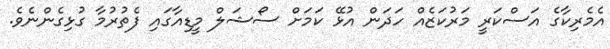
އެމެރިކާގެ އަސްކަރީ މަރުކަޒެއް ހަދަން އުޅޭ ކަމަށް ސޯޝަލް މީޑިއާގައި ފެތުރުމާ ގުޅިގެންނެވެ.